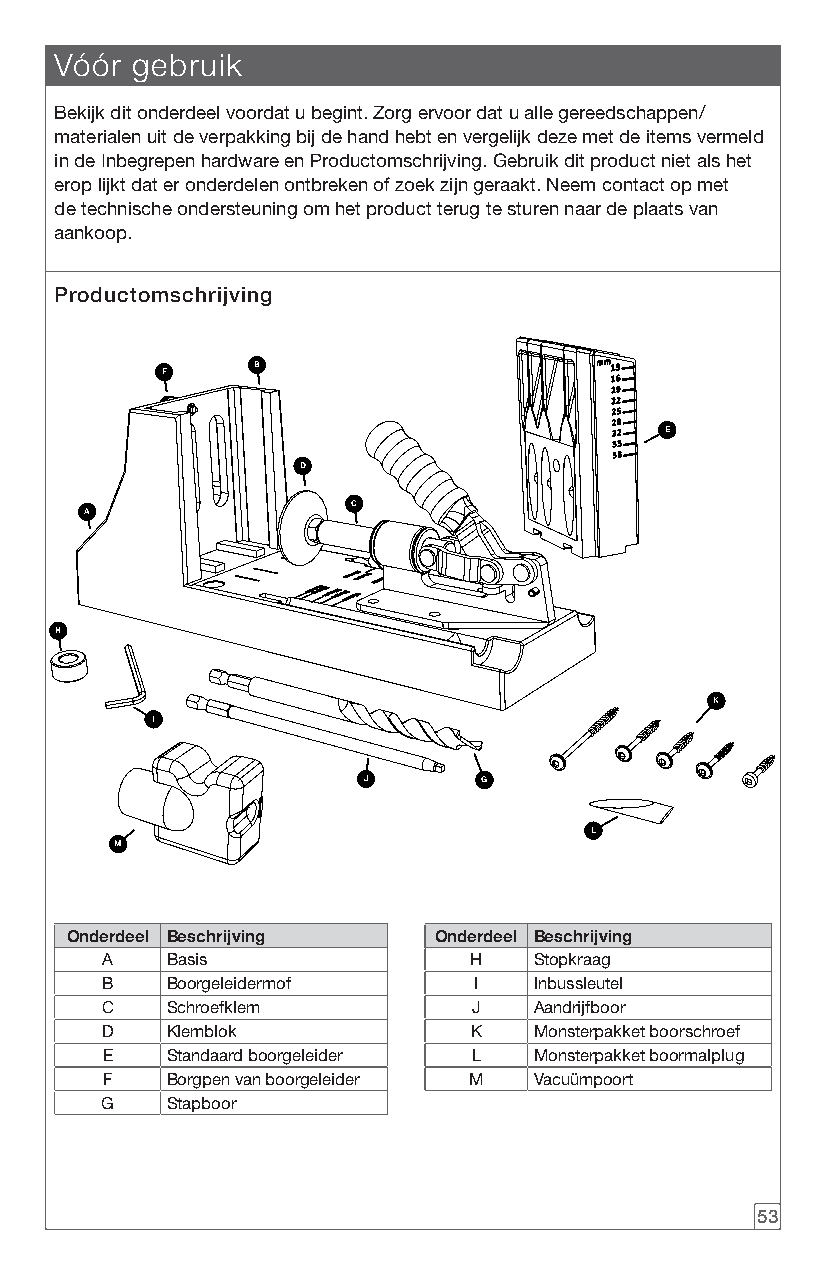
Vóór gebruik
 Bekijk dit onderdeel voordat u begint. Zorg ervoor dat u alle gereedschappen/
 materialen uit de verpakking bij de hand hebt en vergelijk deze met de items vermeld
 in de Inbegrepen hardware en Productomschrijving. Gebruik dit product niet als het
 erop lijkt dat er onderdelen ontbreken of zoek zijn geraakt. Neem contact op met
 de technische ondersteuning om het product terug te sturen naar de plaats van
 aankoop.
 Productomschrijving
 B
 F
 E
 D
 C
 A
 H
 K
 I
 J       G
 L
 M
 Onderdeel Beschrijving   Onderdeel Beschrijving
 A   Basis               H   Stopkraag
 B   Boorgeleidermof     I   Inbussleutel
 C   Schroefklem         J   Aandrijfboor
 D   Klemblok            K   Monsterpakket boorschroef
 E   Standaard boorgeleider L Monsterpakket boormalplug
 F   Borgpen van boorgeleider M Vacuümpoort
 G   Stapboor
 53